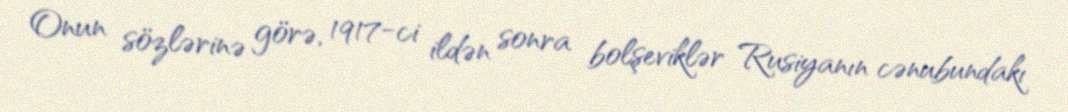
Onun sözlərinə görə, 1917-ci ildən sonra bolşeviklər Rusiyanın cənubundakı